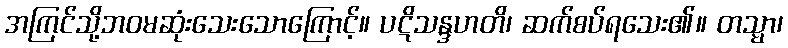
အကြင်သို့ဘဝမဆုံးသေးသောကြောင့်။ ပဋိသန္ဒဟတိ၊ ဆက်စပ်ရသေး၏။ တသ္မာ၊